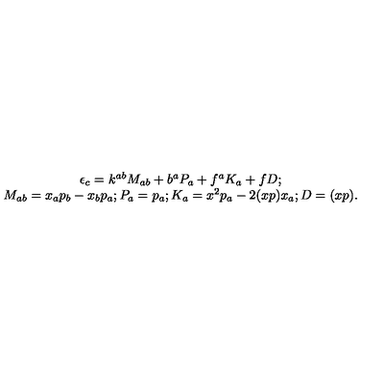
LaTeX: \begin{array} { c } { \epsilon _ { c } = k ^ { a b } M _ { a b } + b ^ { a } P _ { a } + f ^ { a } K _ { a } + f D ; } \\ { M _ { a b } = x _ { a } p _ { b } - x _ { b } p _ { a } ; P _ { a } = p _ { a } ; K _ { a } = x ^ { 2 } p _ { a } - 2 ( x p ) x _ { a } ; D = ( x p ) . } \\ \end{array}